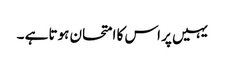
یہیں پر اس کا امتحان ہوتا ہے ۔